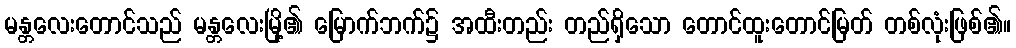
မန္တလေးတောင်သည် မန္တလေးမြို့၏ မြောက်ဘက်၌ အထီးတည်း တည်ရှိသော တောင်ထူးတောင်မြတ် တစ်လုံးဖြစ်၏။